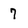
Character: 7